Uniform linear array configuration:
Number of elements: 48
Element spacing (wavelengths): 0.5
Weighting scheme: binomial
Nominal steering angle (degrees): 15
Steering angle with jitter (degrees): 15.034
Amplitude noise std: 0.05
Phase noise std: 0.05

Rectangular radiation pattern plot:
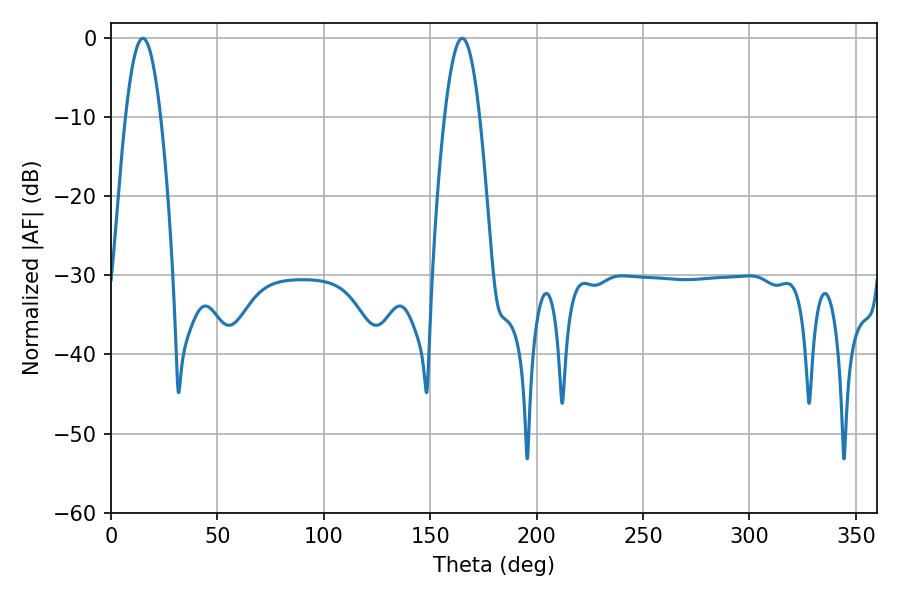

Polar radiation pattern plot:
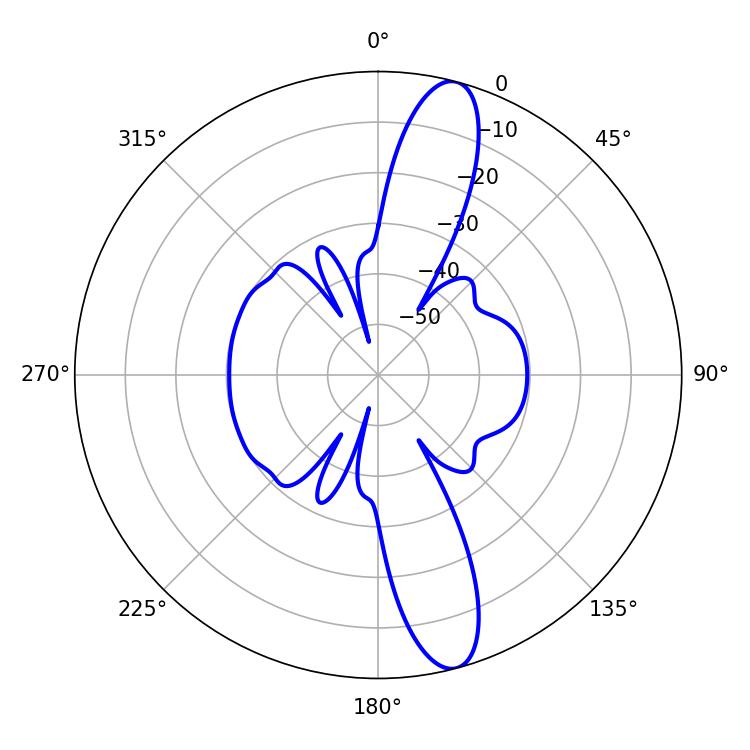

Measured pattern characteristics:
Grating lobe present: FALSE
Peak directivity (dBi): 13.626
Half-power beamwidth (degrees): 9
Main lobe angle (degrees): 14.94